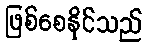
ဖြစ်စေနိုင်သည်